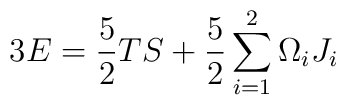
3 E = \frac{5}{2} TS + \frac{5}{2} \sum_{i=1}^2\Omega_i J_i